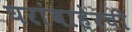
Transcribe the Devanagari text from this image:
घरांबाहेरची